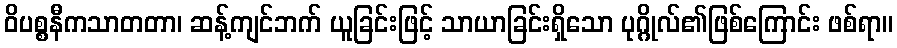
ဝိပစ္စနီကသာတတာ၊ ဆန့်ကျင်ဘက် ယူခြင်းဖြင့် သာယာခြင်းရှိသော ပုဂ္ဂိုလ်၏ဖြစ်ကြောင်း ဖစ်ရာ။